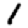
Digit: 1